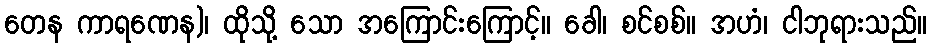
တေန ကာရဏေန)၊ ထိုသို့ သော အကြောင်းကြောင့်။ ခေါ၊ စင်စစ်။ အဟံ၊ ငါဘုရားသည်။